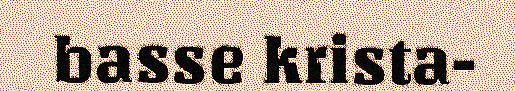
basse krista-